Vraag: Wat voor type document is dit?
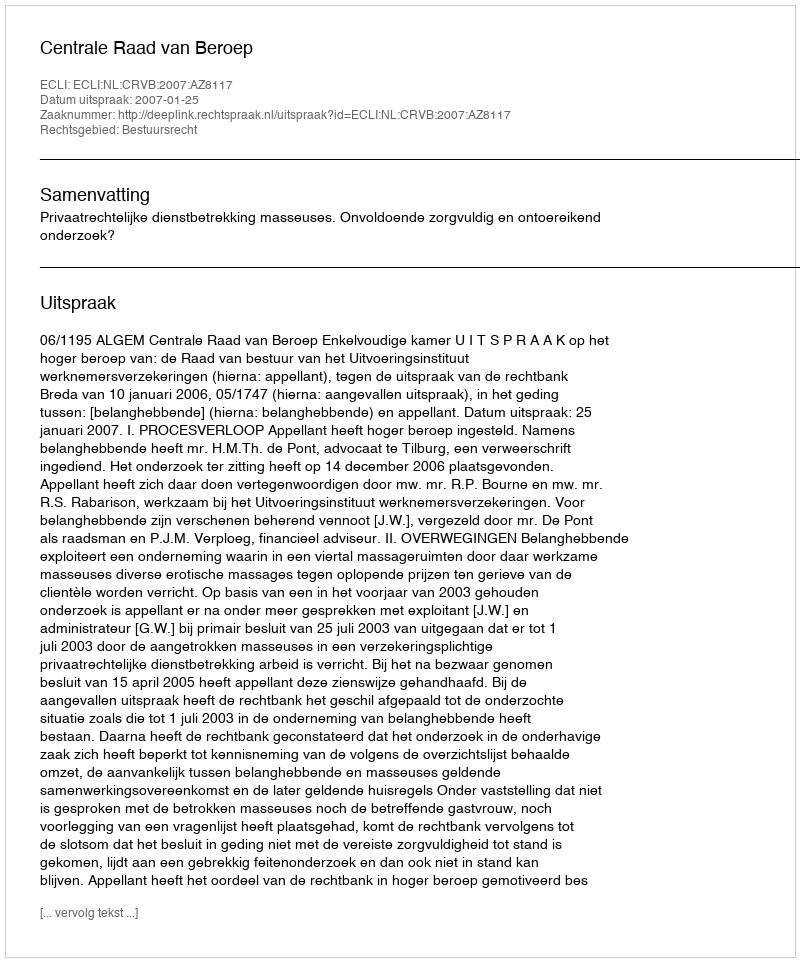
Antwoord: Uitspraak